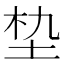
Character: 𮰝